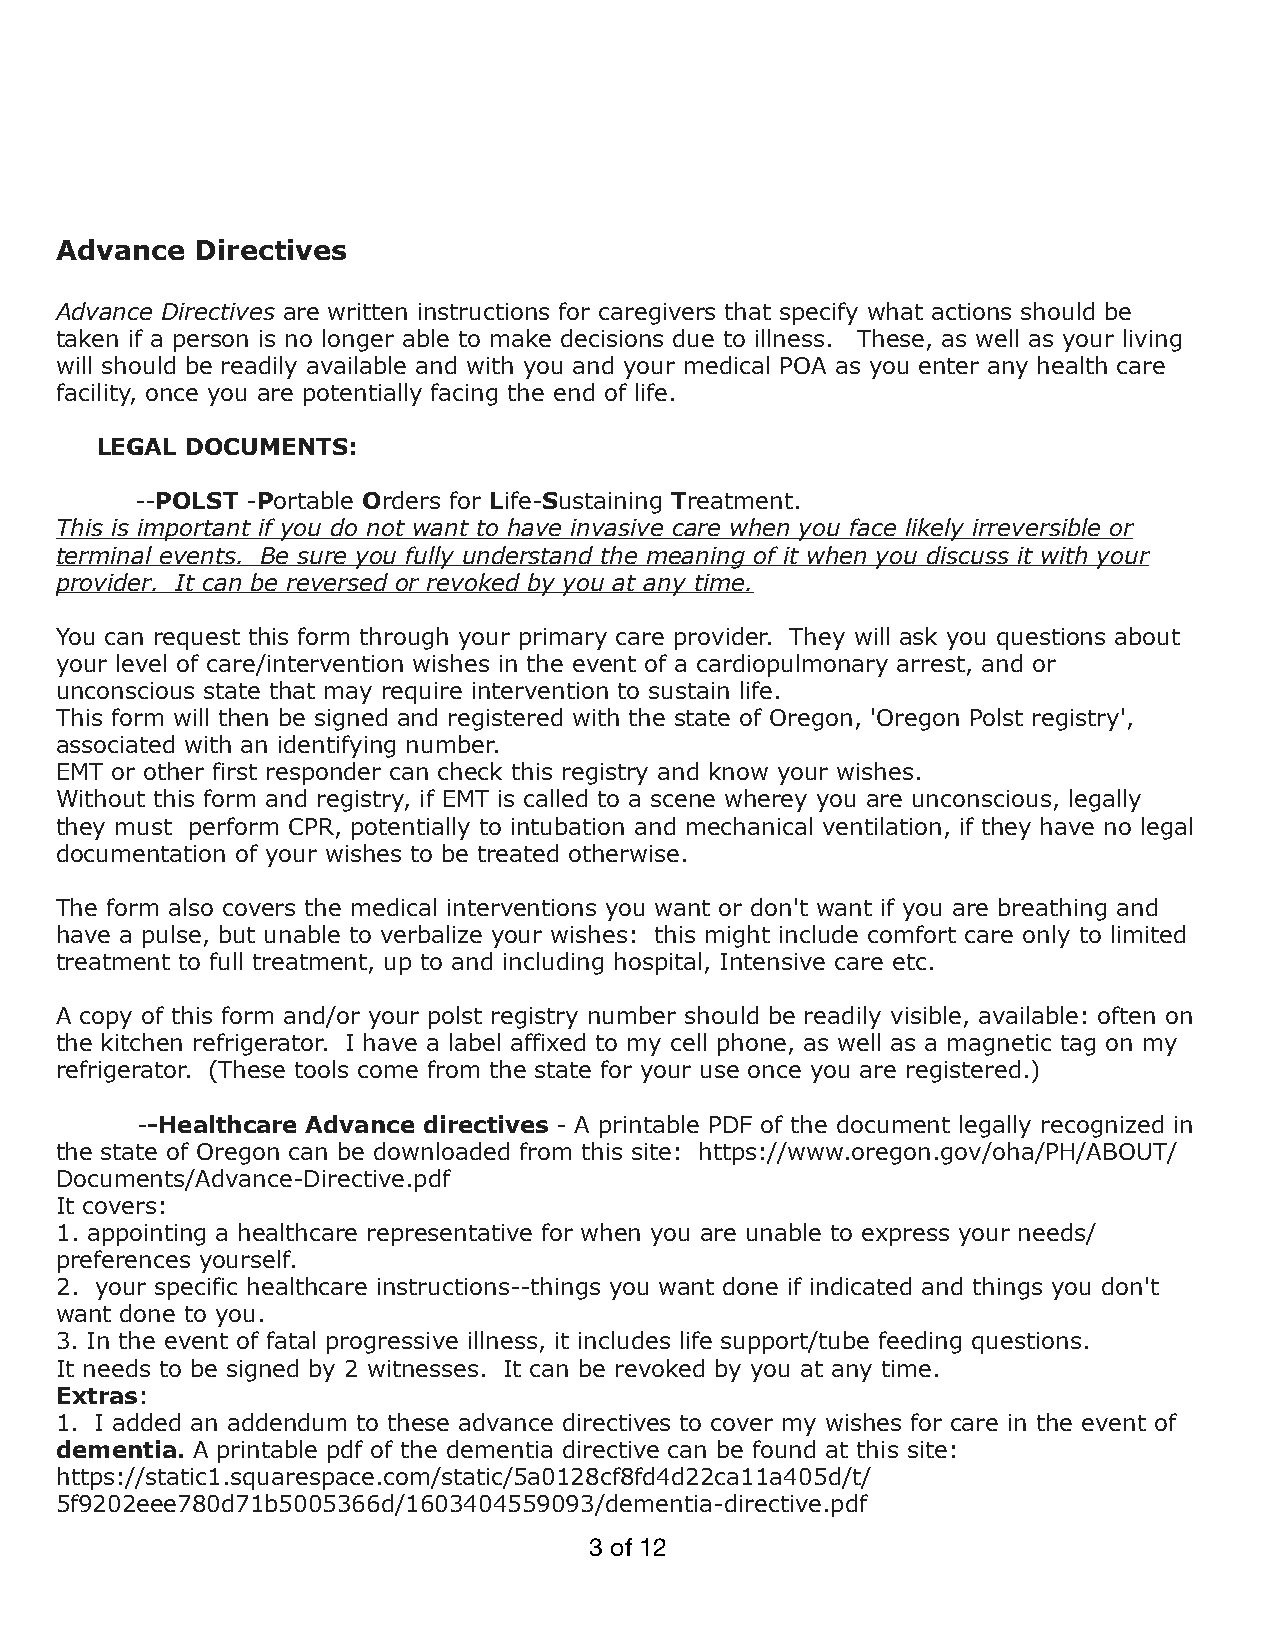
Advance  Directives
 Advance Directives are written instructions for caregivers that specify what actions should be
 taken if a person is no longer able to make decisions due to illness. These, as well as your living
 will should be readily available and with you and your medical POA as you enter any health care
 facility, once you are potentially facing the end of life.
 LEGAL DOCUMENTS:
 --POLST -Portable Orders for Life-Sustaining Treatment.
 This is important if you do not want to have invasive care when you face likely irreversible or
 terminal events. Be sure you fully understand the meaning of it when you discuss it with your
 provider. It can be reversed or revoked by you at any time.
 You can request this form through your primary care provider. They will ask you questions about
 your level of care/intervention wishes in the event of a cardiopulmonary arrest, and or
 unconscious state that may require intervention to sustain life.
 This form will then be signed and registered with the state of Oregon, 'Oregon Polst registry',
 associated with an identifying number.
 EMT or other first responder can check this registry and know your wishes.
 Without this form and registry, if EMT is called to a scene wherey you are unconscious, legally
 they must perform CPR, potentially to intubation and mechanical ventilation, if they have no legal
 documentation of your wishes to be treated otherwise.
 The form also covers the medical interventions you want or don't want if you are breathing and
 have a pulse, but unable to verbalize your wishes: this might include comfort care only to limited
 treatment to full treatment, up to and including hospital, Intensive care etc.
 A copy of this form and/or your polst registry number should be readily visible, available: often on
 the kitchen refrigerator. I have a label affixed to my cell phone, as well as a magnetic tag on my
 refrigerator. (These tools come from the state for your use once you are registered.)
 --Healthcare Advance directives - A printable PDF of the document legally recognized in
 the state of Oregon can be downloaded from this site: https://www.oregon.gov/oha/PH/ABOUT/
 Documents/Advance-Directive.pdf
 It covers:
 1. appointing a healthcare representative for when you are unable to express your needs/
 preferences yourself.
 2. your specific healthcare instructions--things you want done if indicated and things you don't
 want done to you.
 3. In the event of fatal progressive illness, it includes life support/tube feeding questions.
 It needs to be signed by 2 witnesses. It can be revoked by you at any time.
 Extras:
 1. I added an addendum to these advance directives to cover my wishes for care in the event of
 dementia. A printable pdf of the dementia directive can be found at this site:
 https://static1.squarespace.com/static/5a0128cf8fd4d22ca11a405d/t/
 5f9202eee780d71b5005366d/1603404559093/dementia-directive.pdf
 3 of 12